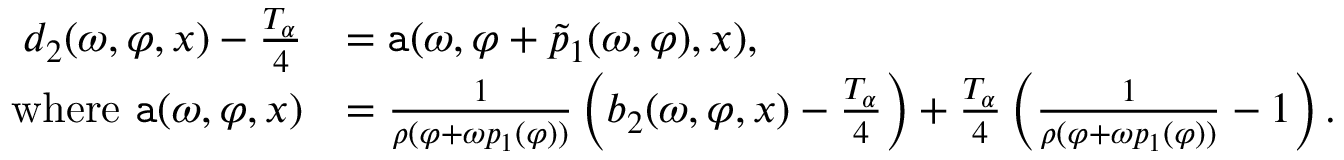
\begin{array} { r l } { d _ { 2 } ( \omega , \varphi , x ) - \frac { T _ { \alpha } } 4 } & { = \mathtt { a } ( \omega , \varphi + \tilde { p } _ { 1 } ( \omega , \varphi ) , x ) , } \\ { \mathrm { ~ w h e r e ~ } \mathtt { a } ( \omega , \varphi , x ) } & { = \frac { 1 } { \rho ( \varphi + \omega p _ { 1 } ( \varphi ) ) } \left( b _ { 2 } ( \omega , \varphi , x ) - \frac { T _ { \alpha } } 4 \right) + \frac { T _ { \alpha } } 4 \left( \frac { 1 } { \rho ( \varphi + \omega p _ { 1 } ( \varphi ) ) } - 1 \right) . } \end{array}